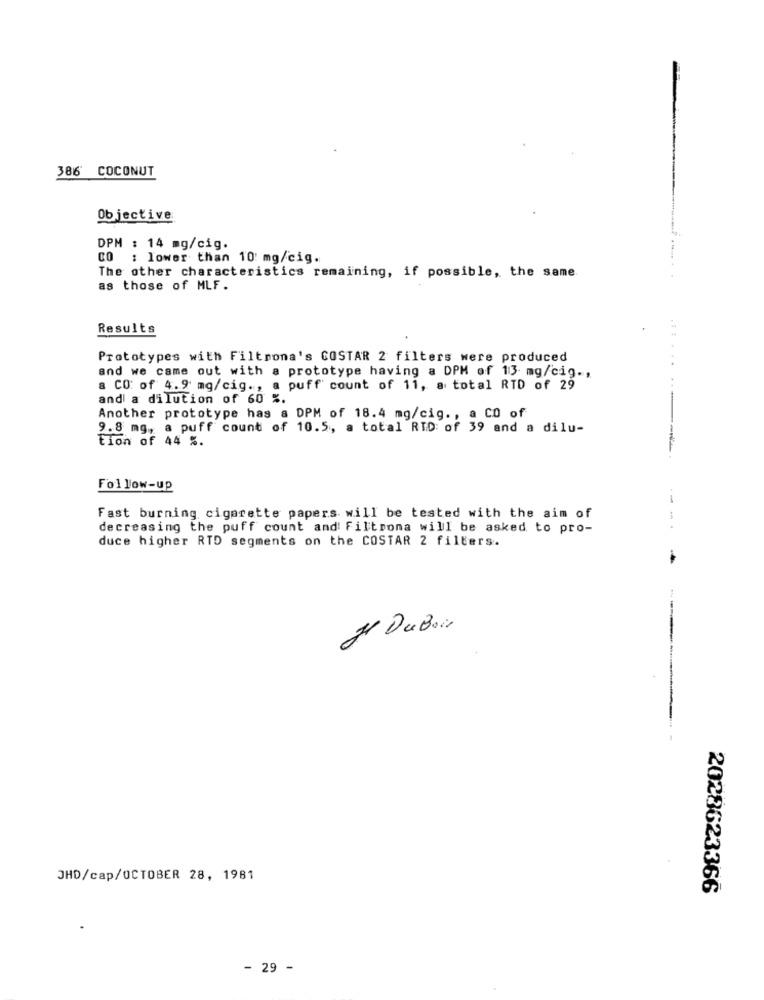
386' COCONUT
Objective
DPM : 14 mg/cig.
CO : lower than 10 mg/cig.
The other characteristics remaining, if possible, the same
as those of MLF.
Results
Prototypes with Filtrona's COSTAR 2 filters were produced
and we came out with a prototype having a DPH of 13 mg/cig .,
a CO: of 4.9 mg/cig ., a puff count of 11, a total RTD of 29
and a dilution of 60 %.
Another prototype has a DPM of 18.4 mg/cig ., a CO of
9.8 mg, a puff count of 10.5, a total RID of 39 and a dilu-
tion of 44 %.
Follow-up
Fast burning cigarette papers will be tested with the aim of
decreasing the puff count and Filtrona will be asked to pro-
- .
duce higher RTD segments on the COSTAR 2 filters.
Je DuBair
JHD/cap/OCTOBER 28, 1981
2028623366
- 29 -